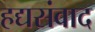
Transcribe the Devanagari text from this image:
हद्यसंवाद